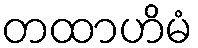
တထာဟိမံ